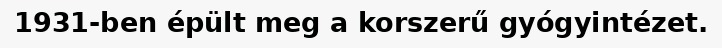
1931-ben épült meg a korszerű gyógyintézet.